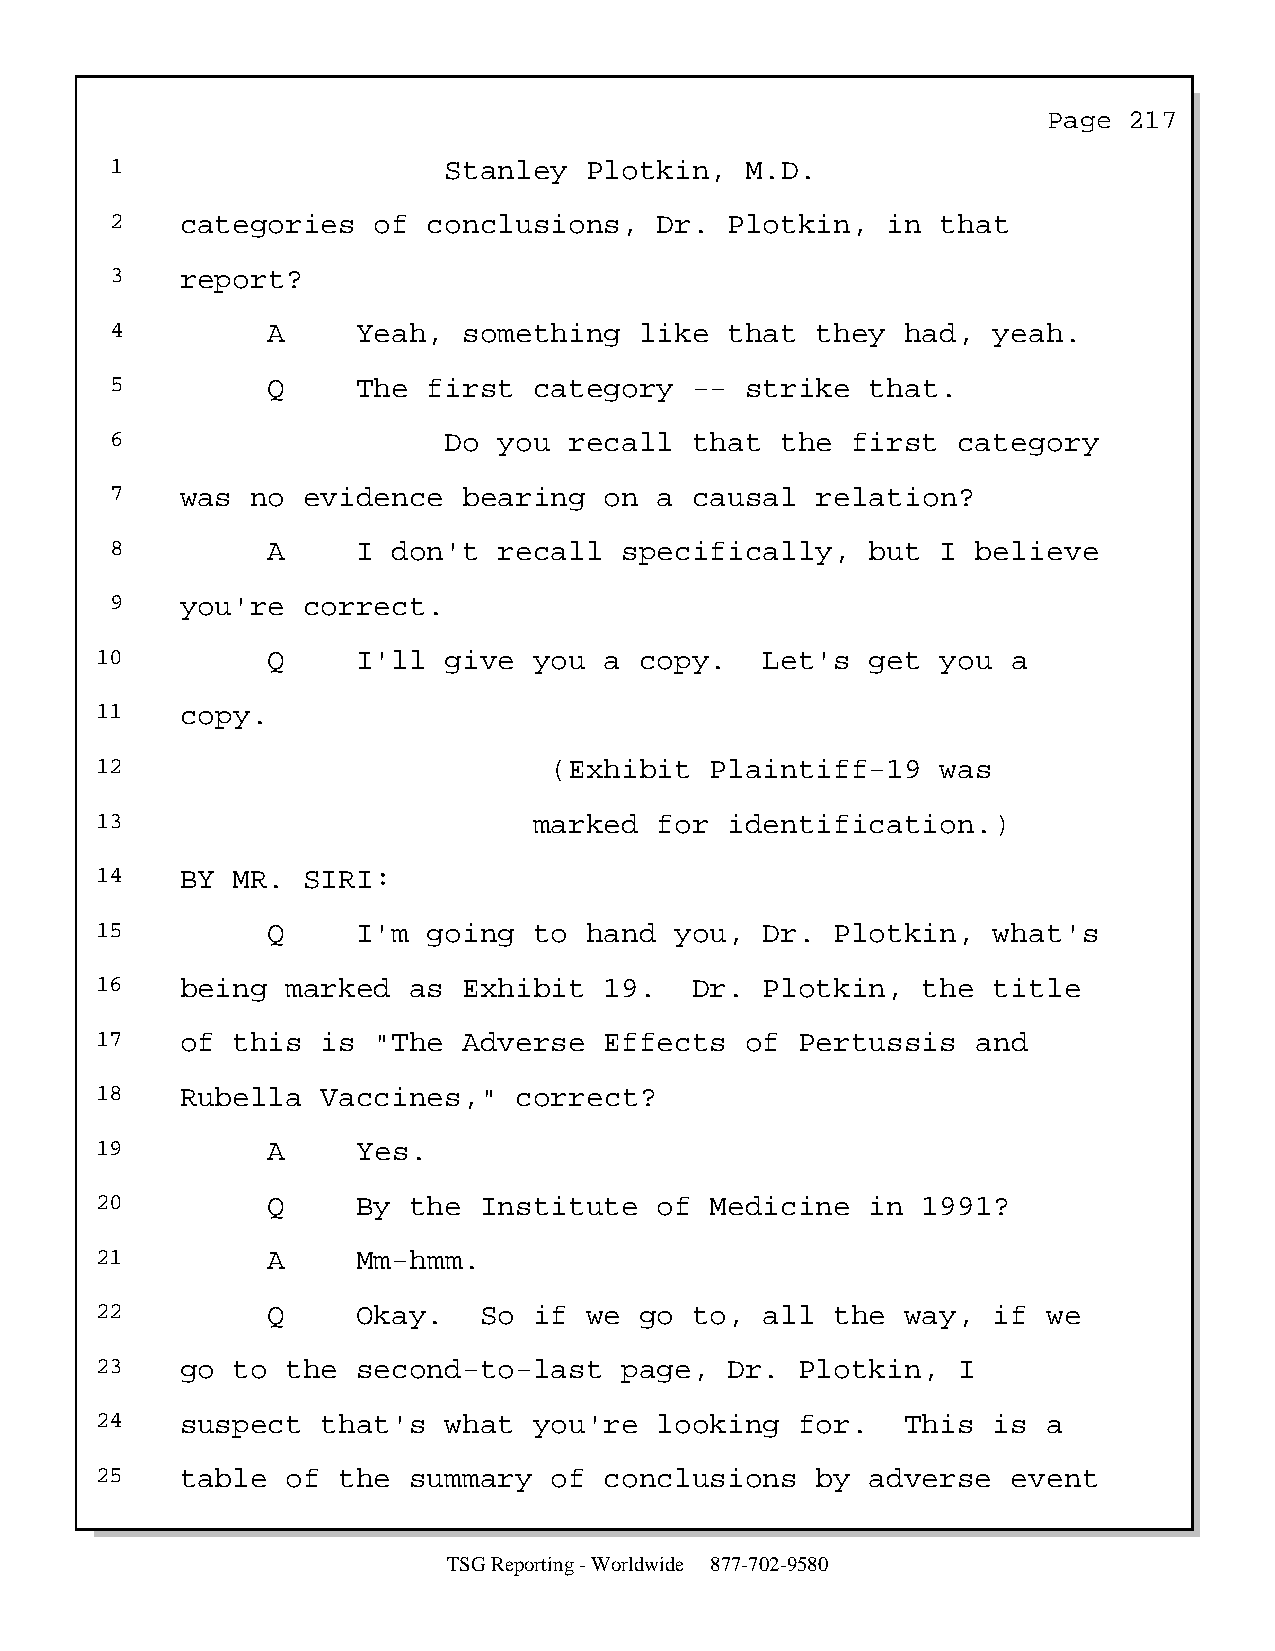
Page  217
 1                     Stanley   Plotkin,  M.D.
 2    categories   of conclusions,    Dr. Plotkin,   in that
 3    report?
 4          A     Yeah,  something  like  that  they  had,  yeah.
 5          Q     The first  category   -- strike   that.
 6                     Do  you  recall  that  the first  category
 7    was  no evidence   bearing  on  a causal  relation?
 8          A     I don't  recall  specifically,    but I  believe
 9    you're  correct.
 10          Q     I'll give  you  a copy.    Let's  get you  a
 11    copy.
 12                            (Exhibit   Plaintiff-19   was
 13                           marked   for identification.)
 14    BY MR.  SIRI:
 15          Q     I'm going  to  hand  you,  Dr. Plotkin,   what's
 16    being  marked  as  Exhibit  19.   Dr.  Plotkin,  the  title
 17    of this  is  "The  Adverse  Effects  of  Pertussis   and
 18    Rubella  Vaccines,"   correct?
 19          A     Yes.
 20          Q     By the  Institute   of Medicine   in 1991?
 21          A     Mm-hmm.
 22          Q     Okay.   So if  we go  to,  all the  way,  if we
 23    go to  the  second-to-last   page,  Dr.  Plotkin,  I
 24    suspect  that's  what  you're   looking  for.   This  is a
 25    table  of the  summary  of  conclusions   by  adverse  event
 TSG Reporting - Worldwide 877-702-9580